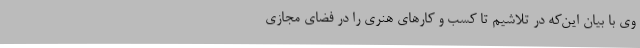
وی با بیان این‌که در تلاشیم تا کسب و کارهای هنری را در فضای مجازی